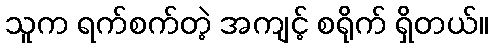
သူက ရက်စက်တဲ့ အကျင့် စရိုက် ရှိတယ်။